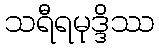
သရီရမုဒ္ဒိဿ